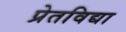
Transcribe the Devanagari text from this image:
प्रेतविद्या